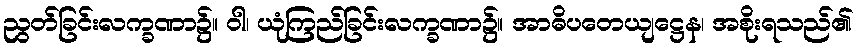
ညွတ်ခြင်းလက္ခဏာ၌။ ဝါ၊ ယုံကြည်ခြင်းလက္ခဏာ၌။ အာဓိပတေယျဋ္ဌေန၊ အစိုးရသည်၏